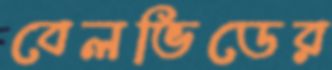
বেলভিডের